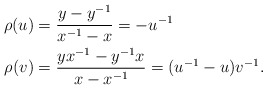
\begin{align*} \rho(u) &= \frac{y-y^{-1}}{x^{-1}-x} = -u^{-1} \\ \rho(v) &= \frac{yx^{-1}-y^{-1}x}{x-x^{-1}} = (u^{-1}-u)v^{-1}.\end{align*}